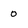
Character: 0